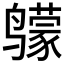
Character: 𲎈